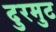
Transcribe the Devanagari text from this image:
दुरमुट